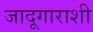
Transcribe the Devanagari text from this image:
जादूगाराशी